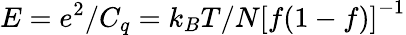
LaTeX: E=e^{2}/C_{q}=k_{B}T/N\left[f(1-f)\right]^{-1}